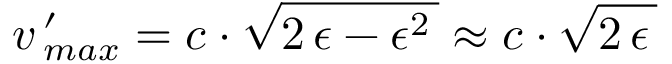
v \, _ { m a x } ^ { \prime } = c \cdot \sqrt { 2 \, \epsilon - \epsilon ^ { 2 } \, } \approx c \cdot \sqrt { 2 \, \epsilon \, }